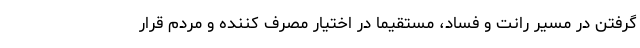
گرفتن در مسیر رانت و فساد، مستقیماً در اختیار مصرف کننده و مردم قرار